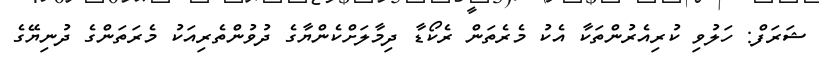
ޝަރަފް: ހަލުވި ކުރިއެރުންތަކާ އެކު މެރެތަން ރެކޯޑާ ދިމާލަށްކެންޔާގެ ދުވުންތެރިއަކު މެރަތަންގެ ދުނިޔޭގެ